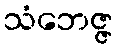
သံဘေဇ္ဇ